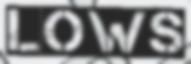
LOWS